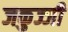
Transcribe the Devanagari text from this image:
जकुज्जी